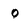
Character: 0